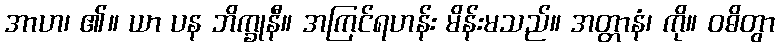
အာဟ၊ ၏။ ယာ ပန ဘိက္ခုနီ။ အကြင်ရဟန်း မိန်းမသည်။ အတ္တာနံ၊ ကို။ ဝဓိတွာ